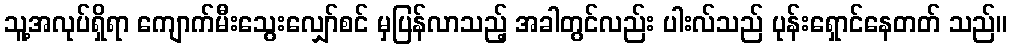
သူ့အလုပ်ရှိရာ ကျောက်မီးသွေးလျှော်စင် မှပြန်လာသည့် အခါတွင်လည်း ပါးလ်သည် ပုန်းရှောင်နေတတ် သည်။